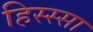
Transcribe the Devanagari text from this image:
हिस्स्सा